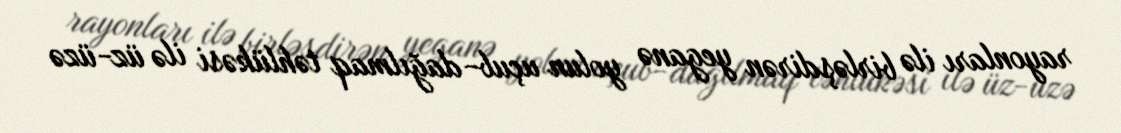
rayonları ilə birləşdirən yeganə yolun uçub-dağılmaq təhlükəsi ilə üz-üzə